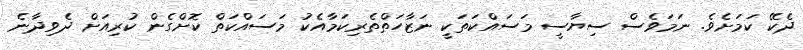
ދެކޭ ކަމަށެވެ. ނަމަވެސް ސިޔާސީ މަސައްކަތަކީ ނަޒާހަތްތެރިކަމާއެކު މަސައްކަތް ކޮށްގެން ކުރިއަށް ދެވިދާނެ